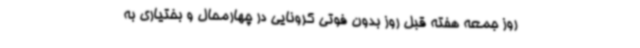
روز جمعه هفته قبل روز بدون فوتی کرونایی در چهارمحال و بختیاری به‌